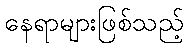
နေရာများဖြစ်သည့်